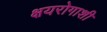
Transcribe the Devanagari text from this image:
क्षयरोगाशी